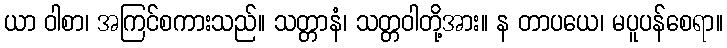
ယာ ဝါစာ၊ အကြင်စကားသည်။ သတ္တာနံ၊ သတ္တဝါတို့အား။ န တာပယေ၊ မပူပန်စေရာ။